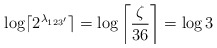
\begin{align*}\log \lceil 2^{\lambda_{123'}} \rceil &=\log \left\lceil \frac{\zeta}{36} \right\rceil =\log 3\end{align*}